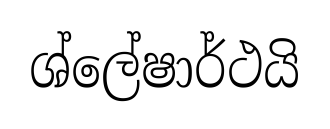
ශ්ලේෂාර්ථයි